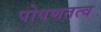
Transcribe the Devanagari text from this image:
पोषणतत्व